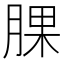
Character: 腂